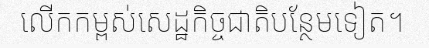
លើកកម្ពស់សេដ្ឋកិច្ចជាតិបន្ថែមទៀត។